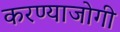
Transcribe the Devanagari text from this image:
करण्‍याजोगी